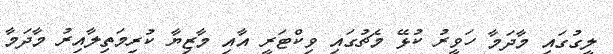
ލީގުގައި މާދަމާ ހަވީރު ކުޅޭ މެޗުގައި ވިކްޓަރީ އާއި މާޒިޔާ ކުރިމަތިލާއިރު މާދަމާ